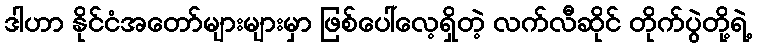
ဒါဟာ နိုင်ငံအတော်များများမှာ ဖြစ်ပေါ်လေ့ရှိတဲ့ လက်လီဆိုင် တိုက်ပွဲတို့ရဲ့